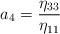
LaTeX: \begin{align*}a_4=\frac{\eta_{33}}{\eta_{11}}\end{align*}